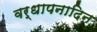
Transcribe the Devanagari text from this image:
वर्धापनादिन